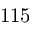
1 1 5